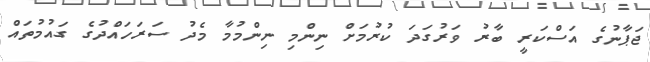
ޖަޕާނުގެ އަސްކަރީ ބާރު ވަރުގަދަ ކުރުމަށް ނިންމި ނިންމުމާ މެދު ސަރަހައްދުގެ ގައުމުތައް